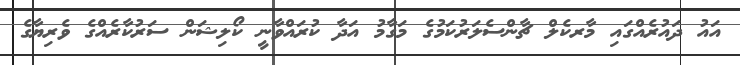
އައު ދައުރެއްގައި މާރކެލް ޗާންސެލަރުކަމުގެ މަގާމު އަދާ ކުރައްވާނީ ކޯލިޝަން ސަރުކާރެއްގެ ވެރިޔާގެ